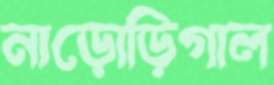
নাড়োড়িগাল